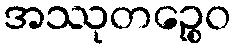
အဿုတဉ္စေဝ